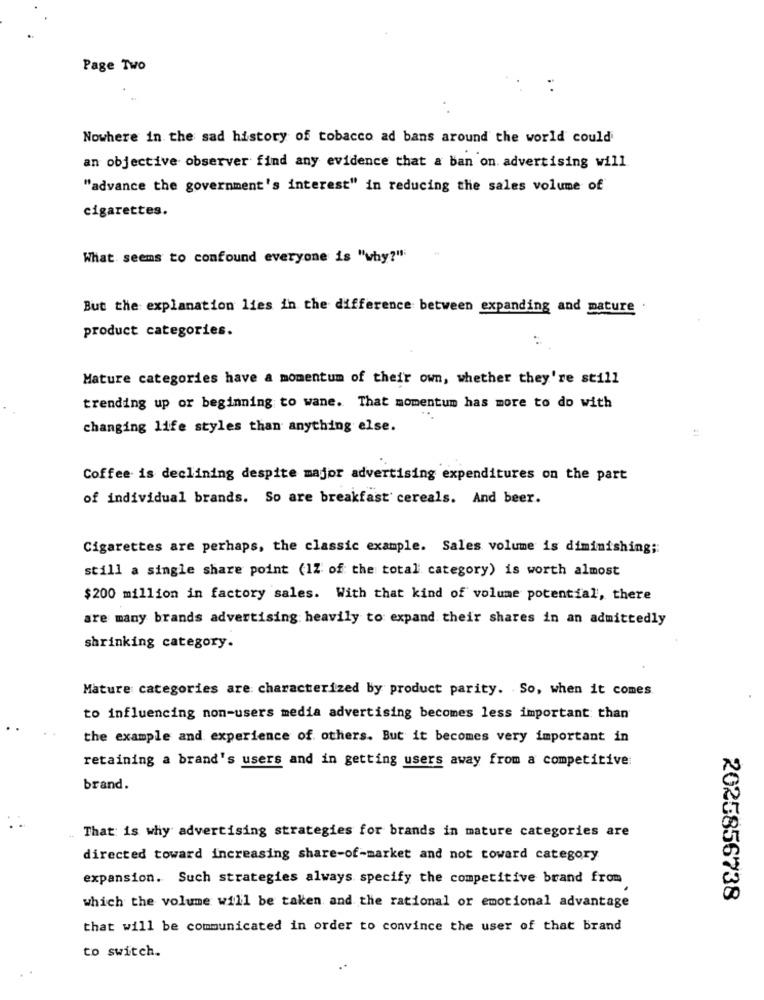
Page Two
Nowhere in the sad history of tobacco ad bans around the world could
an objective observer find any evidence that a ban on advertising will
"advance the government's interest" in reducing the sales volume of
cigarettes.
What seems to confound everyone is "why?"
But the explanation lies in the difference between expanding and mature .
product categories.
Mature categories have a momentum of their own, whether they're still
trending up or beginning to wane. That momentum has more to do with
changing life styles than anything else.
Coffee is declining despite major advertising expenditures on the part
of individual brands. So are breakfast cereals. And beer.
Cigarettes are perhaps, the classic example. Sales volume is diminishing ;:
still a single share point (1Z of the total category) is worth almost
$200 million in factory sales. With that kind of volume potential, there
are many brands advertising heavily to expand their shares in an admittedly
shrinking category.
Mature categories are characterized by product parity. So, when it comes
to influencing non-users media advertising becomes less important than
the example and experience of others. But it becomes very important in
retaining a brand's users and in getting users away from a competitive:
brand.
That is why advertising strategies for brands in mature categories are
directed toward increasing share-of-market and not toward category
expansion. Such strategies always specify the competitive brand from
2025856738
which the volume will be taken and the rational or emotional advantage
that will be communicated in order to convince the user of that brand
to switch.